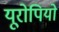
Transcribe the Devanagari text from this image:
यूरोपियो